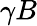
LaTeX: \gamma B